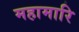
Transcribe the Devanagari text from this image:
महामारि